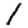
Digit: 1